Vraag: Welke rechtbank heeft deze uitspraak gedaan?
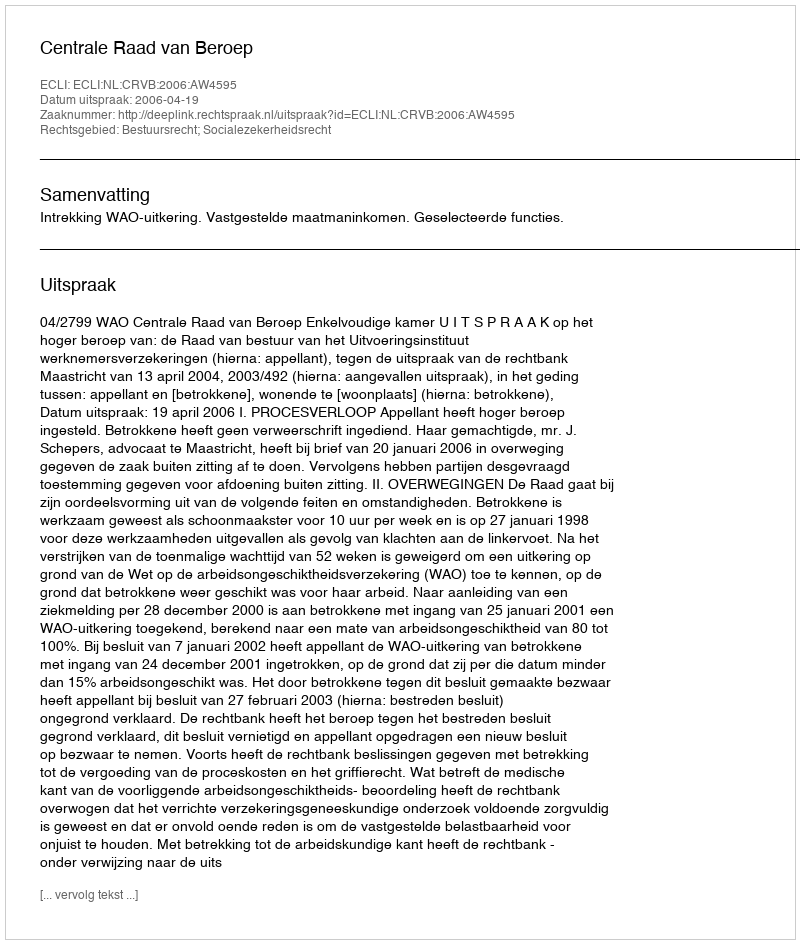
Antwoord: Centrale Raad van Beroep